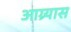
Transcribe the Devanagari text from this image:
आग्र्यास